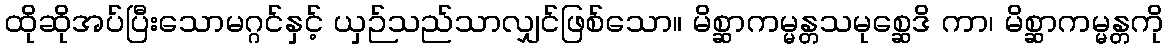
ထိုဆိုအပ်ပြီးသောမဂ္ဂင်နှင့် ယှဉ်သည်သာလျှင်ဖြစ်သော။ မိစ္ဆာကမ္မန္တသမုစ္ဆေဒိ ကာ၊ မိစ္ဆာကမ္မန္တကို